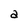
Character: a